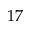
1 7